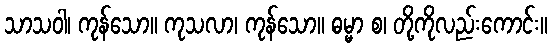
သာသဝါ၊ ကုန်သော။ ကုသလာ၊ ကုန်သော။ ဓမ္မာ စ၊ တို့ကိုလည်းကောင်း။